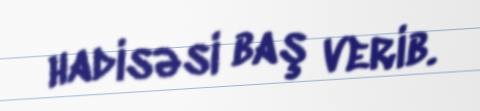
hadisəsi baş verib.